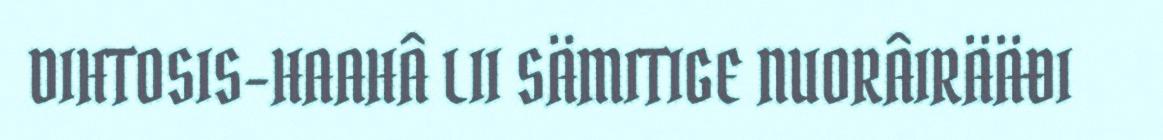
DIHTOSIS-HAAHÂ LII SÄMITIGE NUORÂIRÄÄĐI